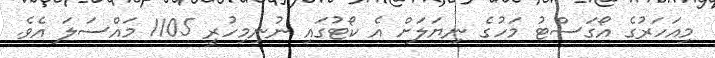
މިއަހަރުގެ އޯގަސްޓު މަހުގެ ނިޔަލަށް އެ ކޯޓުގައި ނުނިމިހުރީ 1105 މައްސަލަ އެވެ.